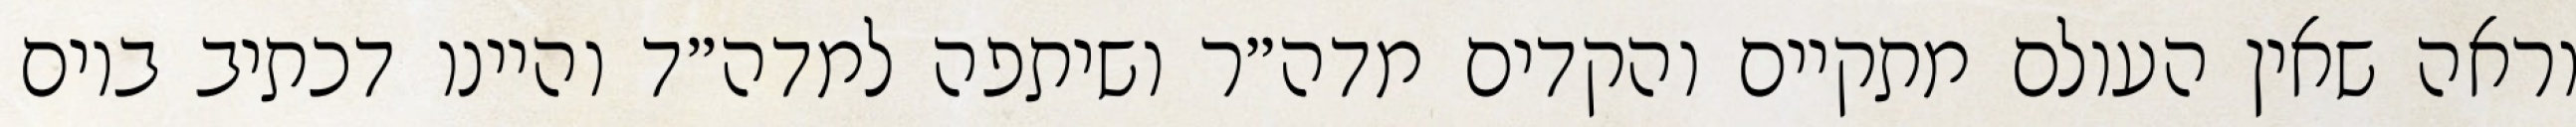
וראה שאין העולם מתקיים והקדים מדה״ר ושיתפה למדה״ד והיינו דכתיב ביום